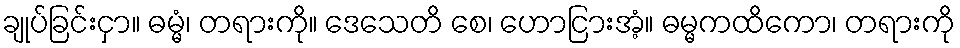
ချုပ်ခြင်းငှာ။ ဓမ္မံ၊ တရားကို။ ဒေသေတိ စေ၊ ဟောငြားအံ့။ ဓမ္မကထိကော၊ တရားကို